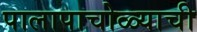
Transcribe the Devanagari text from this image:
पालापाचोळ्याची